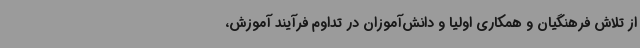
از تلاش فرهنگیان و همکاری اولیا و دانش‌آموزان در تداوم فرآیند آموزش،